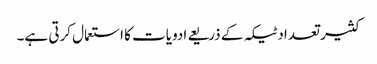
کثیر تعداد ٹیکہ کے ذریعے ادویات کا استعمال کرتی ہے۔